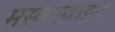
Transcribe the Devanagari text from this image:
मस्कावाइट